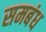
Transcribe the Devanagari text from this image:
समबंध